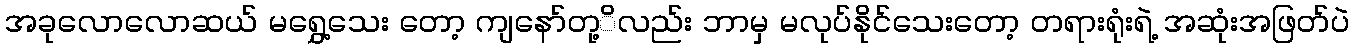
အခုလောလောဆယ် မရွှေ့သေး တော့ ကျနော်တု့ိလည်း ဘာမှ မလုပ်နိုင်သေးတော့ တရားရုံးရဲ့ အဆုံးအဖြတ်ပဲ